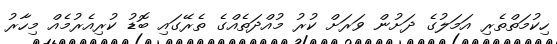
ހިކުމަތްތެރި އަމަލުގެ ދަށުން ވަރަށް ކުރު މުއްދަތެއްގެ ތެރޭގައި ބޮޑު ކުރިއެރުމެއް މިހާރު